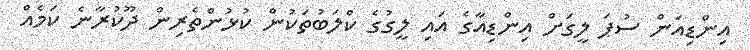
އިންޑިއަން ސުޕަ ލީގަށް އިންޑިއާގެ އައި ލީގުގެ ކްލަބުތަކުން ކުޅުންތެރިން ދޫކުރާނެ ކަމެއް